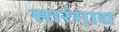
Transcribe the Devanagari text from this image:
सारंगाद्य